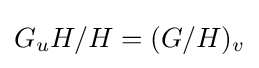
G_{u}H/H=(G/H)_{v}